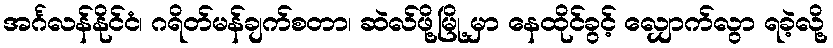
အင်္ဂလန်နိုင်ငံ၊ ဂရိတ်မန်ချက်စတာ၊ ဆဲလ်ဖို့မြို့ မှာ နေထိုင်ခွင့် လျှောက်လွာ ရခဲ့လို့